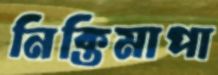
নিক্তিমাপা